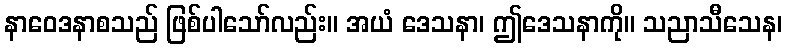
နာဝေဒနာစသည် ဖြစ်ပါသော်လည်း။ အယံ ဒေသနာ၊ ဤဒေသနာကို။ သညာသီသေန၊